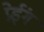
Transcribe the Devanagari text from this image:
प्रेईंग